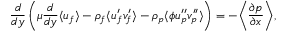
\frac { d } { d y } \left( \mu \frac { d } { d y } \langle u _ { f } \rangle - \rho _ { f } \langle u _ { f } ^ { \prime } v _ { f } ^ { \prime } \rangle - \rho _ { p } \langle \phi u _ { p } ^ { \prime \prime } v _ { p } ^ { \prime \prime } \rangle \right) = - \bigg \langle \frac { \partial p } { \partial x } \bigg \rangle ,